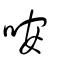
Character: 咹